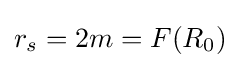
r_{s}=2m=F(R_{0})